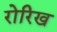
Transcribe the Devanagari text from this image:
रोरिख